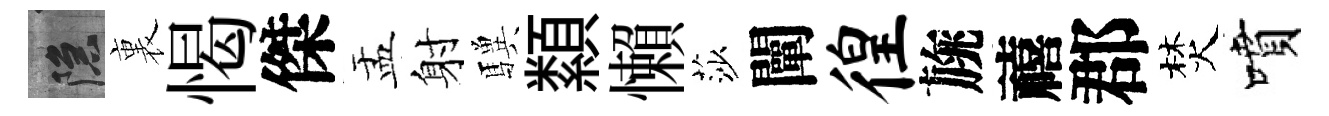
隱裏愒傑盂射驥纇懶莎闡徨旐禧郡焚噴